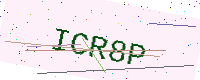
Text: ICR8P